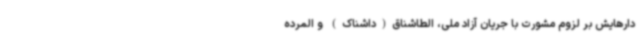
دارهایش بر لزوم مشورت با جریان آزاد ملی، الطاشناق(داشناک) و المرده